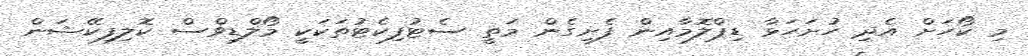
މި ކޯހަށް އެދި ހުށަހަޅާ ޑިޕްލޮމާއިން ފެށިގެން މަތީ ސެޓުފިކެޓުތަކަކީ މޯލްޑިވްސް ކޮލިފިކޭޝަން